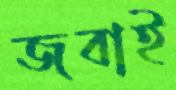
জবাই